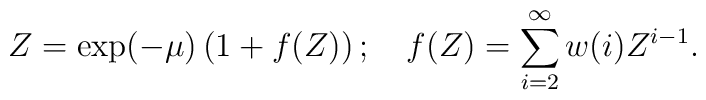
Z = \exp(-\mu) \left( 1 + f(Z)\right); ~~~ f(Z) = \sum_{i=2}^{\infty}w(i)Z^{i-1}.